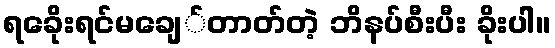
ရခေိုးရင်မချေ်တာတ်တဲ့ ဘိနပ်စီးပီး ခိုးပါ။